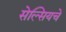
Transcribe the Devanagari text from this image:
सेल्सियचे